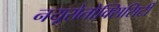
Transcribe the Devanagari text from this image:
नयूरोतोक्सिसिटी